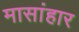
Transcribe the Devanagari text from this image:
मासांहार